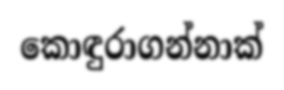
කොඳුරාගන්නාක්